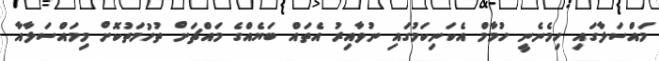
މައްސަލާގައި ހިމެނެނީ ހުމާމް އެކަނިކަމުގައި ނުވާއިރު އެތައް ބަޔެއްގެ މައްޗަށް ތުހުމަތުކޮށް މިމައްސަލާއާ